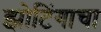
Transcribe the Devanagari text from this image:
झोटिंगाचा